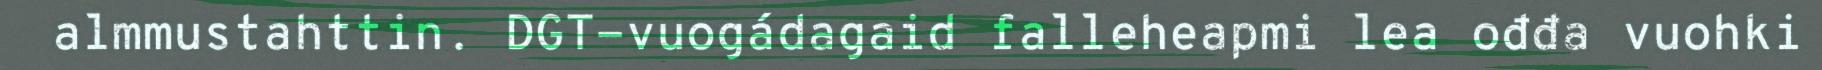
almmustahttin. DGT-vuogádagaid falleheapmi lea ođđa vuohki